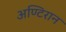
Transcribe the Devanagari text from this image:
अण्टिरान